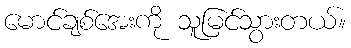
မောင်ချစ်အေးကို သူမြင်သွားတယ်။